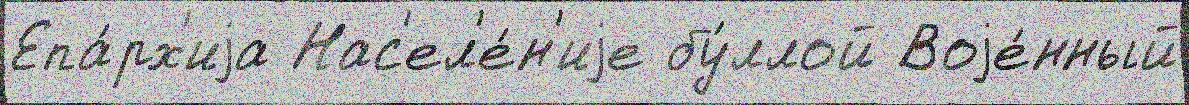
Епа́рх'иjа Нас'ел'е́н'иjе бу́ллой Воjе́нный